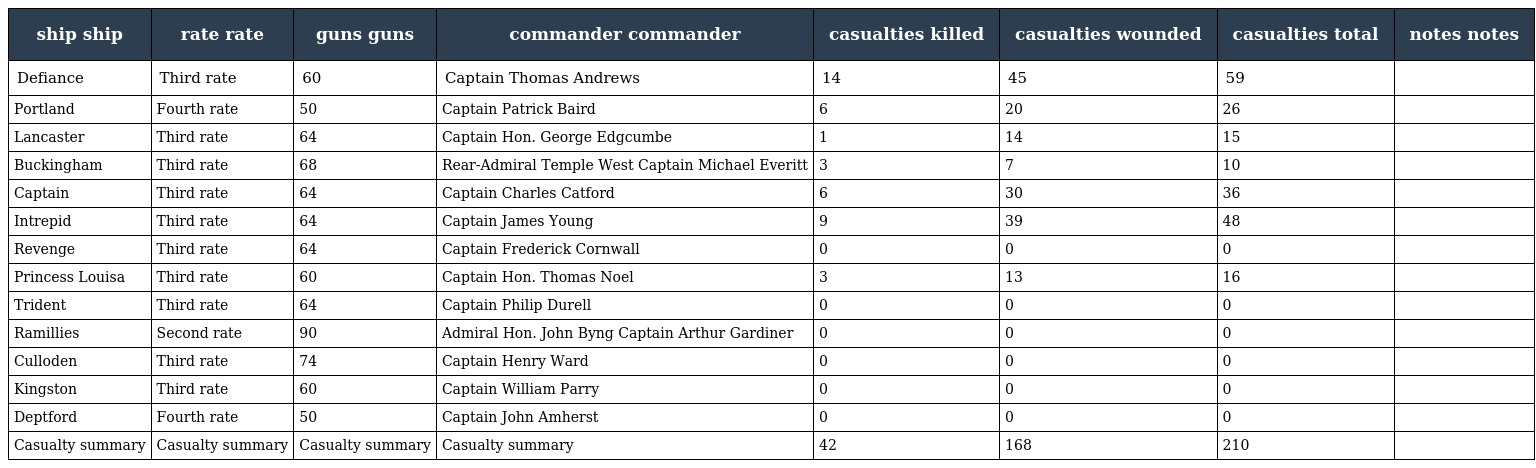
| ship ship | rate rate | guns guns | commander commander | casualties killed | casualties wounded | casualties total | notes notes |
 | --- | --- | --- | --- | --- | --- | --- | --- |
 | Defiance | Third rate | 60 | Captain Thomas Andrews | 14 | 45 | 59 |  |
 | Portland | Fourth rate | 50 | Captain Patrick Baird | 6 | 20 | 26 |  |
 | Lancaster | Third rate | 64 | Captain Hon. George Edgcumbe | 1 | 14 | 15 |  |
 | Buckingham | Third rate | 68 | Rear-Admiral Temple West Captain Michael Everitt | 3 | 7 | 10 |  |
 | Captain | Third rate | 64 | Captain Charles Catford | 6 | 30 | 36 |  |
 | Intrepid | Third rate | 64 | Captain James Young | 9 | 39 | 48 |  |
 | Revenge | Third rate | 64 | Captain Frederick Cornwall | 0 | 0 | 0 |  |
 | Princess Louisa | Third rate | 60 | Captain Hon. Thomas Noel | 3 | 13 | 16 |  |
 | Trident | Third rate | 64 | Captain Philip Durell | 0 | 0 | 0 |  |
 | Ramillies | Second rate | 90 | Admiral Hon. John Byng Captain Arthur Gardiner | 0 | 0 | 0 |  |
 | Culloden | Third rate | 74 | Captain Henry Ward | 0 | 0 | 0 |  |
 | Kingston | Third rate | 60 | Captain William Parry | 0 | 0 | 0 |  |
 | Deptford | Fourth rate | 50 | Captain John Amherst | 0 | 0 | 0 |  |
 | Casualty summary | Casualty summary | Casualty summary | Casualty summary | 42 | 168 | 210 |  |